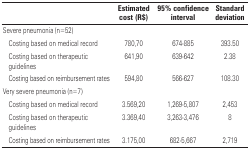
<table><thead><tr><td><b> </b></td><td><b>Estimated cost (R$)</b></td><td><b>95% confidence interval</b></td><td><b>Standard deviation</b></td></tr></thead><tbody><tr><td colspan="4">Severe pneumonia (n=52)</td></tr><tr><td>Costing based on medical record</td><td>780,70</td><td>674-885</td><td>393.50</td></tr><tr><td>Costing based on therapeutic guidelines</td><td>641,90</td><td>639-642</td><td>2.38</td></tr><tr><td>Costing based on reimbursement rates</td><td>594,80</td><td>566-627</td><td>108.30</td></tr><tr><td colspan="4">Very severe pneumonia (n=7)</td></tr><tr><td>Costing based on medical record</td><td>3.569,20</td><td>1,269-5,807</td><td>2,453</td></tr><tr><td>Costing based on therapeutic guidelines</td><td>3.369,40</td><td>3,263-3,476</td><td>8</td></tr><tr><td>Costing based on reimbursement rates</td><td>3.175,00</td><td>682-5,667</td><td>2,719</td></tr></tbody></table>